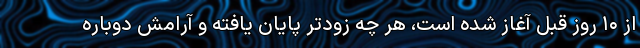
از ۱۰ روز قبل آغاز شده است، هر چه زودتر پایان یافته و آرامش دوباره